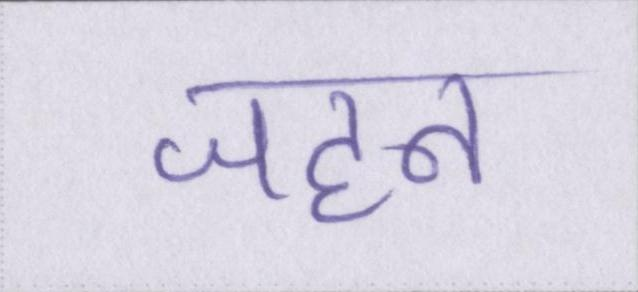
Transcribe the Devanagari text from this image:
जहन